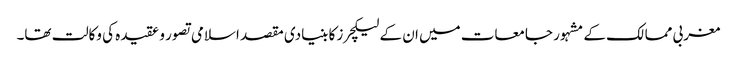
مغربی ممالک کے مشہور جامعات میں ان کے لیکچرز کا بنیادی مقصد اسلامی تصور و عقیدہ کی وکالت تھا۔